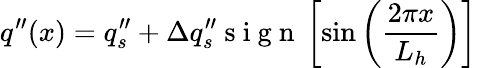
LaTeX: q^{\prime\prime}(x)=q_{s}^{\prime\prime}+\Delta q_{s}^{\prime\prime}\mathrm{~s~i~g~n~}\left[\sin{\left(\frac{2\pi x}{L_{h}}\right)}\right]